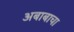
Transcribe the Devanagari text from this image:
अबाबाचा